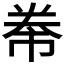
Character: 𭑖